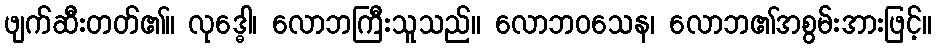
ဖျက်ဆီးတတ်၏။ လုဒ္ဓေါ၊ လောဘကြီးသူသည်။ လောဘဝသေန၊ လောဘ၏အစွမ်းအားဖြင့်။